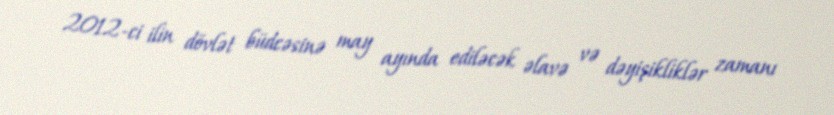
2012-ci ilin dövlət büdcəsinə may ayında ediləcək əlavə və dəyişikliklər zamanı